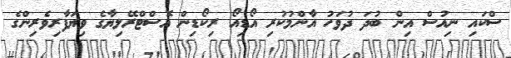
ސްކައި ނިއުސް އިން ބުދަ ދުވަހު އާންމުކުރި އޯޑިއޯ ރިކޯޑިން އޮސްޓްރޭލިޔާގެ ވިޔަފާރިވެރިންގެ